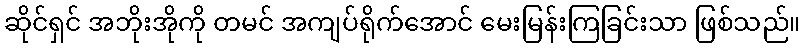
ဆိုင်ရှင် အဘိုးအိုကို တမင် အကျပ်ရိုက်အောင် မေးမြန်းကြခြင်းသာ ဖြစ်သည်။